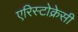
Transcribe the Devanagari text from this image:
एरिस्टोक्रेसी